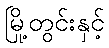
မြို့တွင်းနှင့်